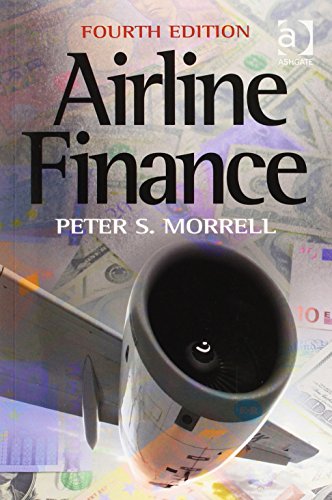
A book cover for Airline Finance; Peter S. Morrell; Business & Money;